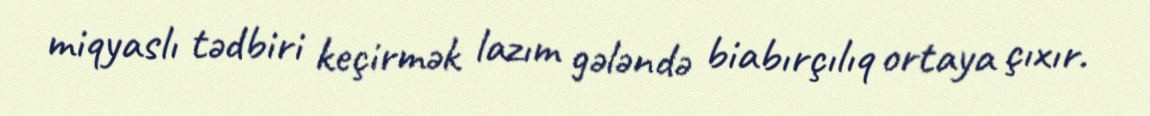
miqyaslı tədbiri keçirmək lazım gələndə biabırçılıq ortaya çıxır.